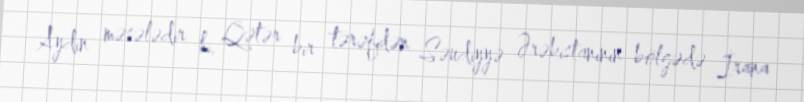
Aydın məsələdir ki, Qətər bir tərəfdən Səudiyyə Ərəbistanının bölgədə İrana